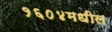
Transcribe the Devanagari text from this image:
१६०४मधील